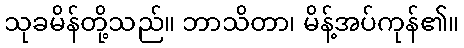
သုခမိန်တို့သည်။ ဘာသိတာ၊ မိန့်အပ်ကုန်၏။